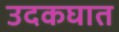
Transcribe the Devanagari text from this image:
उदकघात